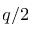
q / 2